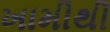
ખામીથી